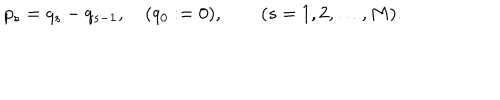
p _ { s } = q _ { s } - q _ { s - 1 } , \quad ( q _ { 0 } : = 0 ) , \qquad ( s = 1 , 2 , \dots , M ) .